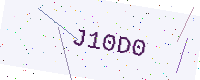
Text: J10D0